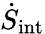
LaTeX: \dot{S}_{\mathrm{int}}